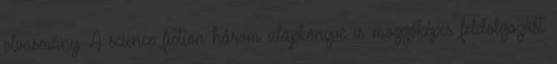
olvasmány. A science fiction három alapkönyve is mozgóképes feldolgozást